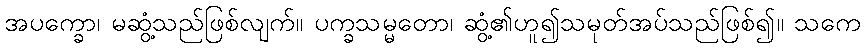
အပက္ခော၊ မဆွံ့သည်ဖြစ်လျက်။ ပက္ခသမ္မတော၊ ဆွံ့၏ဟူ၍သမုတ်အပ်သည်ဖြစ်၍။ သကေ